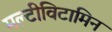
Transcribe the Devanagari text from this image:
मल्टीविटामिन